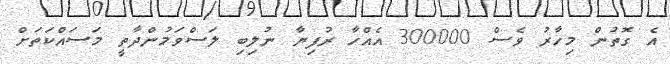
އެ ގޮތުން މިހާރު ވެސް 300000 އެއްހާ ރުފިޔާ ނުލިބި ލަސްވަމުންދާތީ މަސައްކަތަށް